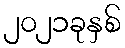
၂၀၂၁ခုနှစ်